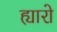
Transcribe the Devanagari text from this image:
ह्यारो